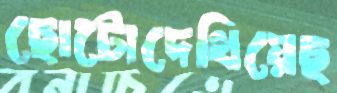
ছোটোদেখিয়েছ